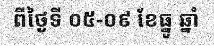
ពីថ្ងៃទី ០៥-០៩ ខែធ្នូ ឆ្នាំ